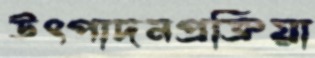
উৎপাদনপ্রক্রিয়া